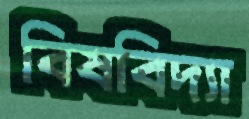
বিষবিদ্যা